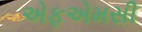
એફએમસી